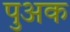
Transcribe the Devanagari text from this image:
पुअक